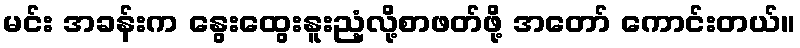
မင်း အခန်းက နွေးထွေးနူးညံ့လို့စာဖတ်ဖို့ အတော် ကောင်းတယ်။